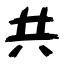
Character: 共